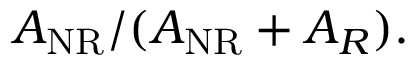
A _ { \mathrm { N R } } / ( A _ { \mathrm { N R } } + A _ { R } ) .